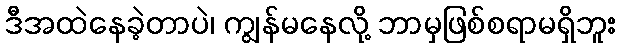
ဒီအထဲနေခဲ့တာပဲ၊ ကျွန်မနေလို့ ဘာမှဖြစ်စရာမရှိဘူး